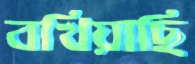
বখিয়াছি